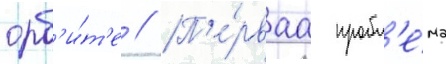
орб'и́т'е // П'е́рваа пробл'е́ма